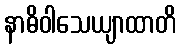
နာဓိဝါသေယျာထာတိ